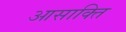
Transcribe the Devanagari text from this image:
आसाक्ति